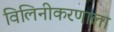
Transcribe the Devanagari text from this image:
विलिनीकरणाला